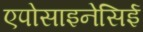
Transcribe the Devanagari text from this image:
एपोसाइनेसिई